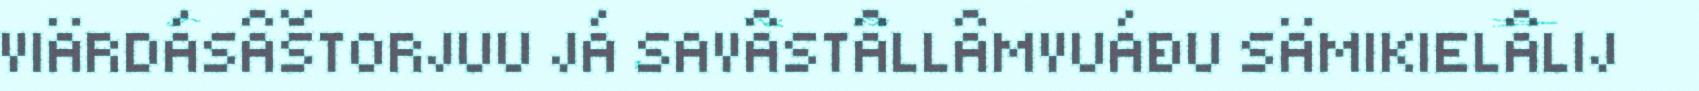
VIÄRDÁSÂŠTORJUU JÁ SAVÂSTÂLLÂMVUÁĐU SÄMIKIELÂLIJ